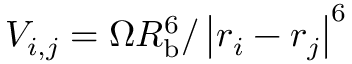
V _ { i , j } = \Omega R _ { \mathrm { b } } ^ { 6 } / \left| \boldsymbol { r } _ { i } - \boldsymbol { r } _ { j } \right| ^ { 6 }